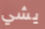
يشي